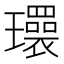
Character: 𬎜